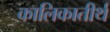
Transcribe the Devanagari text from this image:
कालिकातीर्थ